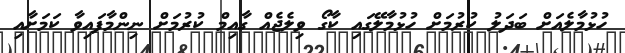
ހުޅުމާލެއަށް ބަދަލު ކުރުމަށް ހުޅުމާލޭގައި ކާގޯ ވިލެޖެއް ގާއިމް ކުރުމަށް ނިންމާފައިވާ ކަމަށާއި